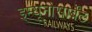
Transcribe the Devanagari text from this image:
इम्यूनोसार्बेंट